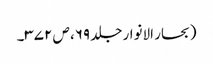
(بحار الانوار جلد ۶۹، ص ۳۷۲۔